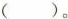
（ ）。